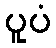
ပူပံ